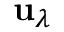
\mathbf { u } _ { \lambda }